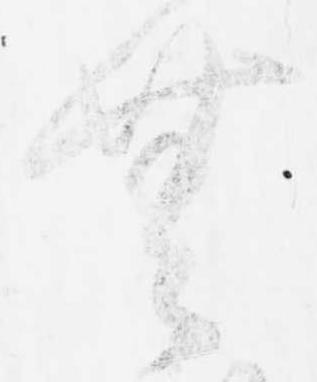
無